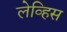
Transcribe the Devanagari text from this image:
लेव्हिस